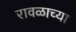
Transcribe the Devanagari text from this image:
रावळाच्या